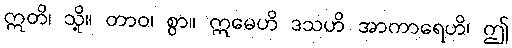
ဣတိ၊ သို့။ တာဝ၊ စွာ။ ဣမေဟိ ဒသဟိ အာကာရေဟိ၊ ဤ